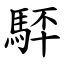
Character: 䮆